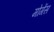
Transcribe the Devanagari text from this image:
मोगेंस